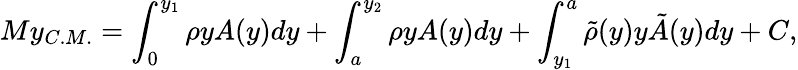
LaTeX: My_{C.M.}=\int_{0}^{y_{1}}\rho yA(y)dy+\int_{a}^{y_{2}}\rho yA(y)dy+\int_{y_{1}}^{a}\tilde{\rho}(y)y\tilde{A}(y)dy+C,